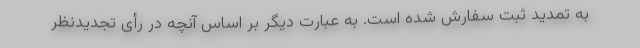
به تمدید ثبت سفارش شده است. به عبارت دیگر بر اساس آنچه در رأی تجدیدنظر